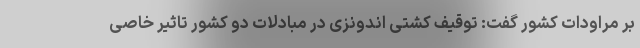
بر مراودات کشور گفت: توقیف کشتی اندونزی در مبادلات دو کشور تاثیر خاصی